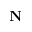
\mathbf { N }